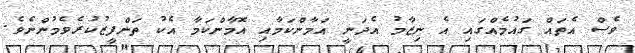
ވެސް އެތައް ގައުމެއްގައި އެ ނިޒާމު އެދަނީ އަމާންކަމާއި އޮމާންކަމާ އެކު ތަންފީޒުކުރެވެމުންނެވެ.